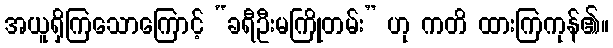
အယူရှိကြသောကြောင့် “ခရီဦးမကြိုတမ်း” ဟု ကတိ ထားကြကုန်၏။